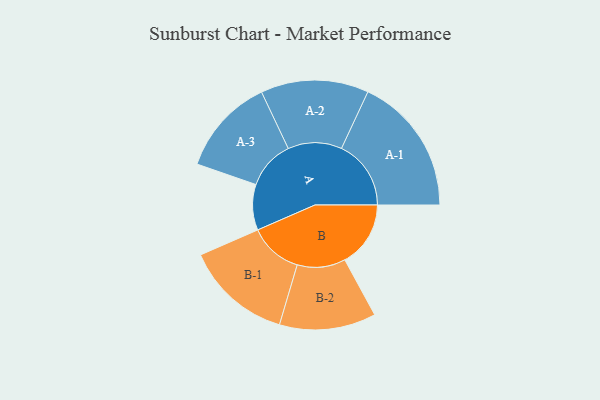
{"axis": {"x": "Segment", "y": "Value"}, "legend": ["", "A", "B"], "data": [{"x": "A", "y": 193, "type": ""}, {"x": "B", "y": 278, "type": ""}, {"x": "A-1", "y": 294, "type": "A"}, {"x": "A-2", "y": 228, "type": "A"}, {"x": "A-3", "y": 206, "type": "A"}, {"x": "B-1", "y": 226, "type": "B"}, {"x": "B-2", "y": 204, "type": "B"}]}